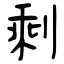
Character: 剩